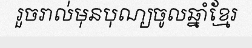
រួចរាល់មុនបុណ្យចូលឆ្នាំខ្មែរ